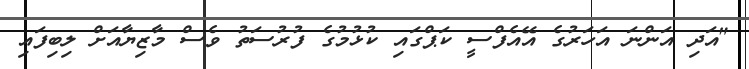
"އަދި އަންނަ އަހަރުގެ އޭއެފްސީ ކަޕްގައި ކުޅުމުގެ ފުރުސަތު ވެސް މާޒިޔާއަށް ލިބިފައި